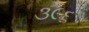
૩૯૬